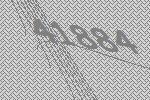
41884